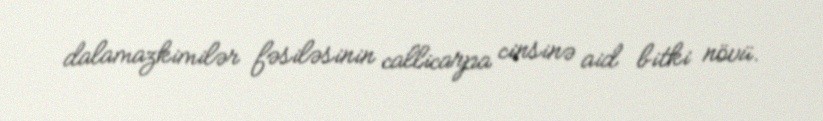
dalamazkimilər fəsiləsinin callicarpa cinsinə aid bitki növü.